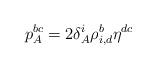
LaTeX: \begin{align*} p^{bc}_A = 2\delta^i_A \rho_{i,d}^b\eta^{dc} \end{align*}